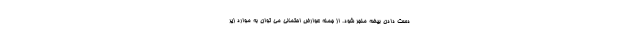
دست دادن بیضه منجر شود. از جمله عوارض احتمالی می توان به موارد زیر